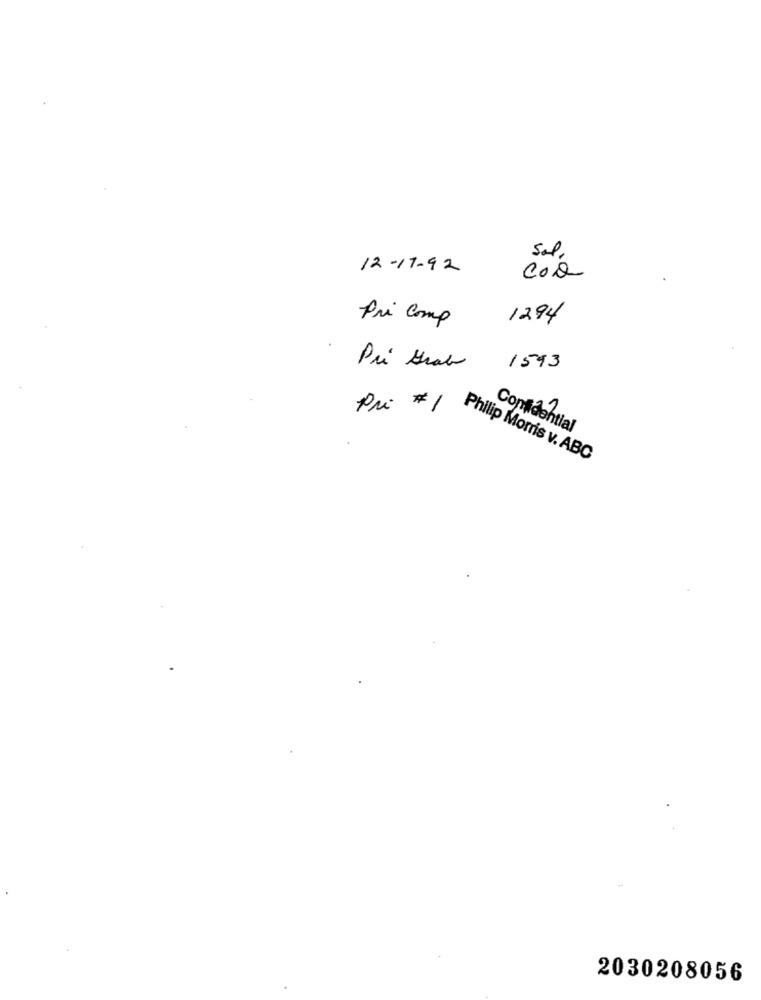
Sal,
12-17-92
coo
Pri Comp
1294
Pri Grab
1593
Pri #1
Confidential
Philip Morris v. ABC
2030208056